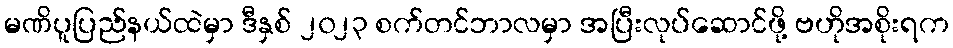
မဏိပူပြည်နယ်ထဲမှာ ဒီနှစ် ၂၀၂၃ စက်တင်ဘာလမှာ အပြီးလုပ်ဆောင်ဖို့ ဗဟိုအစိုးရက